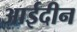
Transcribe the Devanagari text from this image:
आईदीन